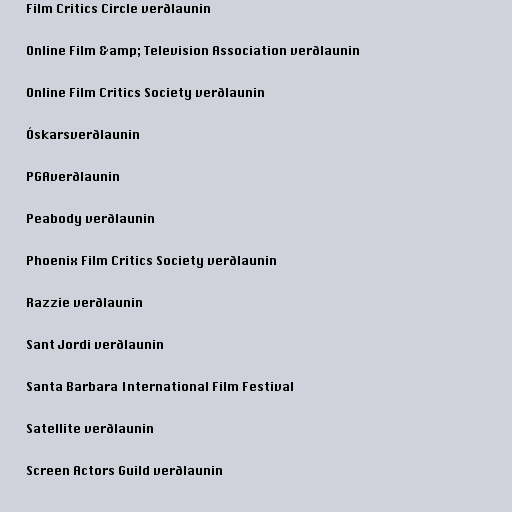
Film Critics Circle verðlaunin

Online Film &amp; Television Association verðlaunin

Online Film Critics Society verðlaunin

Óskarsverðlaunin

PGAverðlaunin

Peabody verðlaunin

Phoenix Film Critics Society verðlaunin

Razzie verðlaunin

Sant Jordi verðlaunin

Santa Barbara International Film Festival

Satellite verðlaunin

Screen Actors Guild verðlaunin